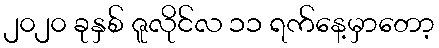
၂၀၂၀ ခုနှစ် ဇူလိုင်လ ၁၁ ရက်နေ့မှာတော့